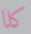
كلا